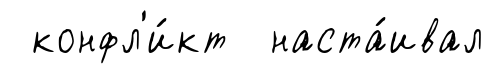
конфл'и́кт наста́ивал